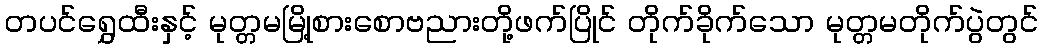
တပင်ရွှေထီးနှင့် မုတ္တမမြို့စားစောဗညားတို့ဖက်ပြိုင် တိုက်ခိုက်သော မုတ္တမတိုက်ပွဲတွင်